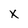
Character: x